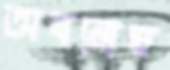
অবরোহ